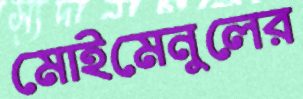
মোইমেনুলের